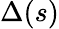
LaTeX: \Delta(s)